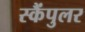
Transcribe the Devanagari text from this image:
स्कैंपुलर